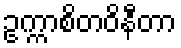
ဥက္ကာစိတဝိနီတာ